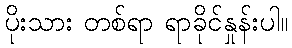
ပိုးသား တစ်ရာ ရာခိုင်နှုန်းပါ။